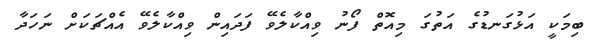
ބިމަކީ އަޅުގަނޑުގެ އަތުގަ މިއޮތް ފޯނު ވިއްކާލެވޭ ފަދައިން ވިއްކާލެވޭ އެއްޗަކަށް ނަހަދާ